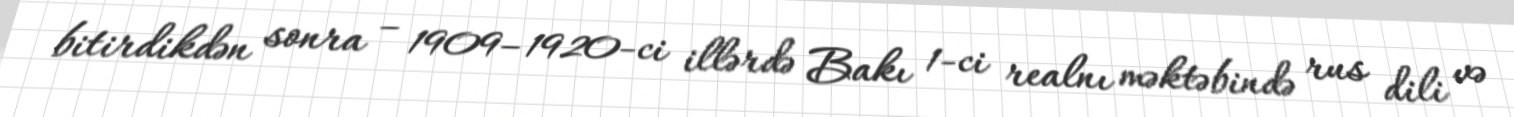
bitirdikdən sonra – 1909–1920-ci illərdə Bakı 1-ci realnı məktəbində rus dili və